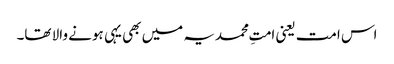
اس امت یعنی امتِ محمدیہ میں بھی یہی ہونے والا تھا۔